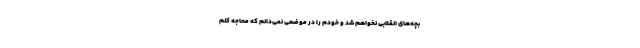
بچه‌های انقلابی نخواهم شد و خودم را در موضعی نمی‌دانم که محاجّه کنم